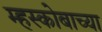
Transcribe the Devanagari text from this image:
म्हस्कोबाच्या